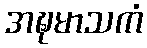
အဍ္ဎမာသကံ